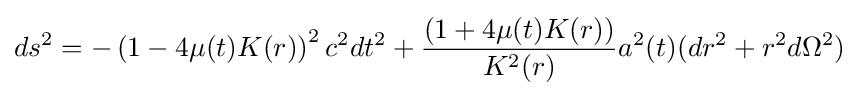
ds^{2}=-\left(1-4\mu (t)K(r)\right)^{2}c^{2}dt^{2}+{\frac {\left(1+4\mu (t)K(r)\right)}{K^{2}(r)}}a^{2}(t)(dr^{2}+r^{2}d\Omega ^{2})